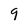
Character: 9